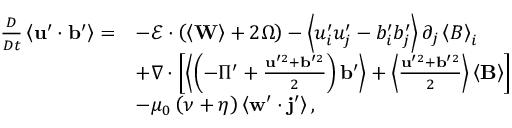
\begin{array} { r l } { \frac { D } { D t } \left\langle \mathbf { u } ^ { \prime } \cdot \mathbf { b } ^ { \prime } \right\rangle = } & { - \boldsymbol { \mathcal { E } } \cdot \left( \left\langle \mathbf { W } \right\rangle + 2 \boldsymbol { \Omega } \right) - \left\langle u _ { i } ^ { \prime } u _ { j } ^ { \prime } - b _ { i } ^ { \prime } b _ { j } ^ { \prime } \right\rangle \partial _ { j } \left\langle B \right\rangle _ { i } } \\ & { + \nabla \cdot \left[ \left\langle \left( - \Pi ^ { \prime } + \frac { \mathbf { u } ^ { \prime 2 } + \mathbf { b } ^ { \prime 2 } } { 2 } \right) \mathbf { b } ^ { \prime } \right\rangle + \left\langle \frac { \mathbf { u } ^ { \prime 2 } + \mathbf { b } ^ { \prime 2 } } { 2 } \right\rangle \left\langle \mathbf { B } \right\rangle \right] } \\ & { - \mu _ { 0 } \left( \nu + \eta \right) \left\langle \mathbf { w } ^ { \prime } \cdot \mathbf { j } ^ { \prime } \right\rangle , } \end{array}